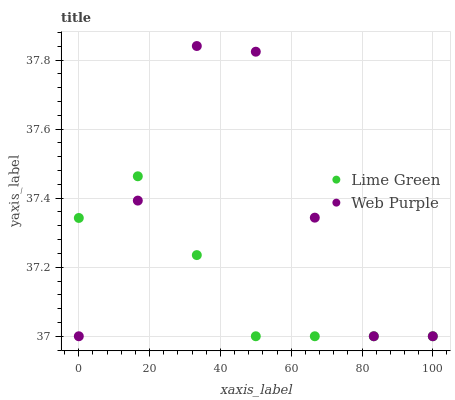
| xaxis_label | Lime Green | Web Purple |
 | --- | --- | --- |
 | 0 | 37.3 | 37 |
 | 16.7 | 37.5 | 37.4 |
 | 33.3 | 37.2 | 37.8 |
 | 50 | 37 | 37.8 |
 | 66.7 | 37 | 37.3 |
 | 83.3 | 37 | 37 |
 | 100 | 37 | 37 |